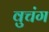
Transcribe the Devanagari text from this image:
वुचंग